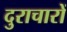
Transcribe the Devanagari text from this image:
दुराचारों